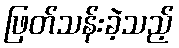
ဖြတ်သန်းခဲ့သည့်